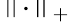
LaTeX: \left\| \cdot\right\| _{+}